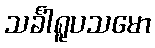
သင်္ခါရူပသမော